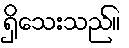
ရှိသေးသည်။